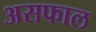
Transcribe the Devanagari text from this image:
असफाल